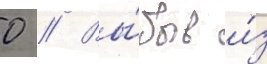
0 // Вы́быв и́з